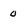
Character: 0